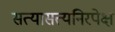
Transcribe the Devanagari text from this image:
सत्यासत्यनिरपेक्ष